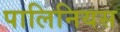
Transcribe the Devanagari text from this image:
पालिनियस